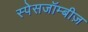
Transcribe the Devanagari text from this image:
स्पेसजॉम्बीज़